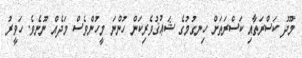
މޫދު ކަސްރަތާއި ކަސްރަތަށް ހިނގުމުގެ ޝަޢުޤުވެރިކަން ހުންނަ މީހުންވެސް މަދެއް ނޫނެވެ. ހަވީރު